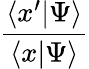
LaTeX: \frac{\langle x^{\prime}|\Psi\rangle}{\langle x|\Psi\rangle}